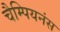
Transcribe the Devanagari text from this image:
चैम्पियनंस